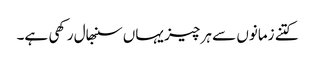
کتنے زمانوں سے ہر چیز یہاں سنبھال رکھی ہے۔